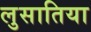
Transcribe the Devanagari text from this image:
लुसातिया